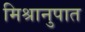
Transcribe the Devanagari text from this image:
मिश्रानुपात